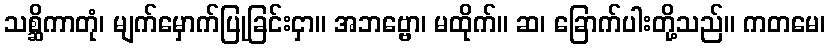
သစ္ဆိကာတုံ၊ မျက်မှောက်ပြုခြင်းငှာ။ အဘဗ္ဗော၊ မထိုက်။ ဆ၊ ခြောက်ပါးတို့သည်။ ကတမေ၊